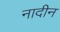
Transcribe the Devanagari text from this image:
नादीन